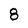
Character: 8